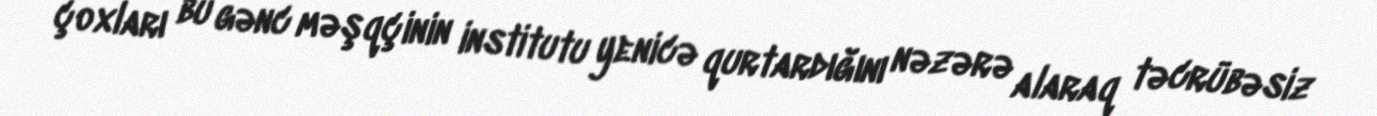
çoxları bu gənc məşqçinin institutu yenicə qurtardığını nəzərə alaraq təcrübəsiz